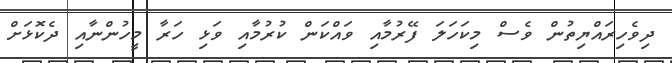
ދިވެހިރައްޔިތުން ވެސް މިކަހަލަ ފޭރުމާއި ވައްކަން ކުރުމާއި ވަޅި ހަރާ މީހުންނާއި ދެކޮޅަށް